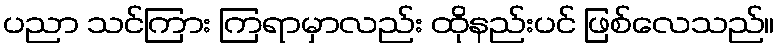
ပညာ သင်ကြား ကြရာမှာလည်း ထိုနည်းပင် ဖြစ်လေသည်။